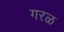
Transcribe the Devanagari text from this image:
गरळ